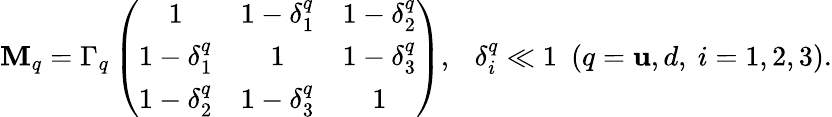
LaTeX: \mathbf{M}_{q}=\Gamma_{q}\left(\begin{array}{ccc}{{1}}&{{1-\delta_{1}^{q}}}&{{1-\delta_{2}^{q}}}\\ {{1-\delta_{1}^{q}}}&{{1}}&{{1-\delta_{3}^{q}}}\\ {{1-\delta_{2}^{q}}}&{{1-\delta_{3}^{q}}}&{{1}}\end{array}\right),\ \ \ \delta_{i}^{q}\ll1\ \ (q=\mathbf{u},d,\ i=1,2,3).